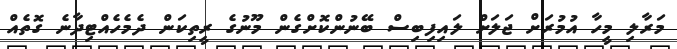
މަރާލި މީހާ އުމުރަށް ޖަލަށް ލައިފިބިސް ބޭނުންކޮށްގެން މޫނުގެ ރީތިކަން ދެމެހެއްޓިދާނެ ގޮތެއް